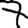
Digit: 7